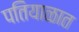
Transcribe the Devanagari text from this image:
पतियाळात